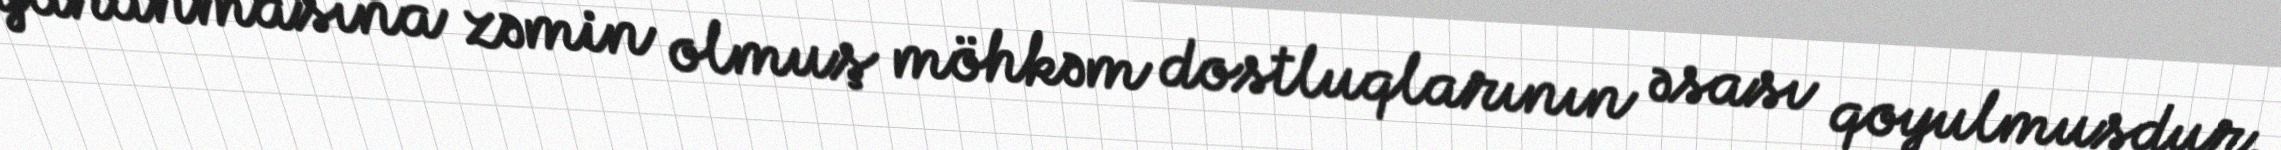
yaranmasına zəmin olmuş möhkəm dostluqlarının əsası qoyulmuşdur.